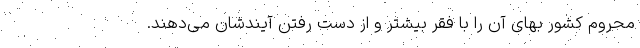
محروم کشور بهای آن را با فقر بیشتر و از دست رفتن آیندشان می‌دهند.